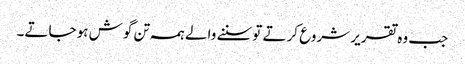
جب و ہ تقریر شروع کرتے تو سننے والے ہمہ تن گوش ہو جاتے۔